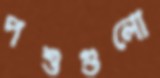
পশুগুলো